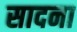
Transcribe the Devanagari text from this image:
सादना